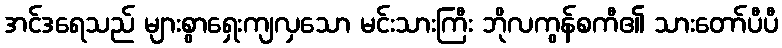
အင်ဒရေသည် များစွာရှေးကျလှသော မင်းသားကြီး ဘိုလကွန်စကီ၏ သားတော်ပီပီ